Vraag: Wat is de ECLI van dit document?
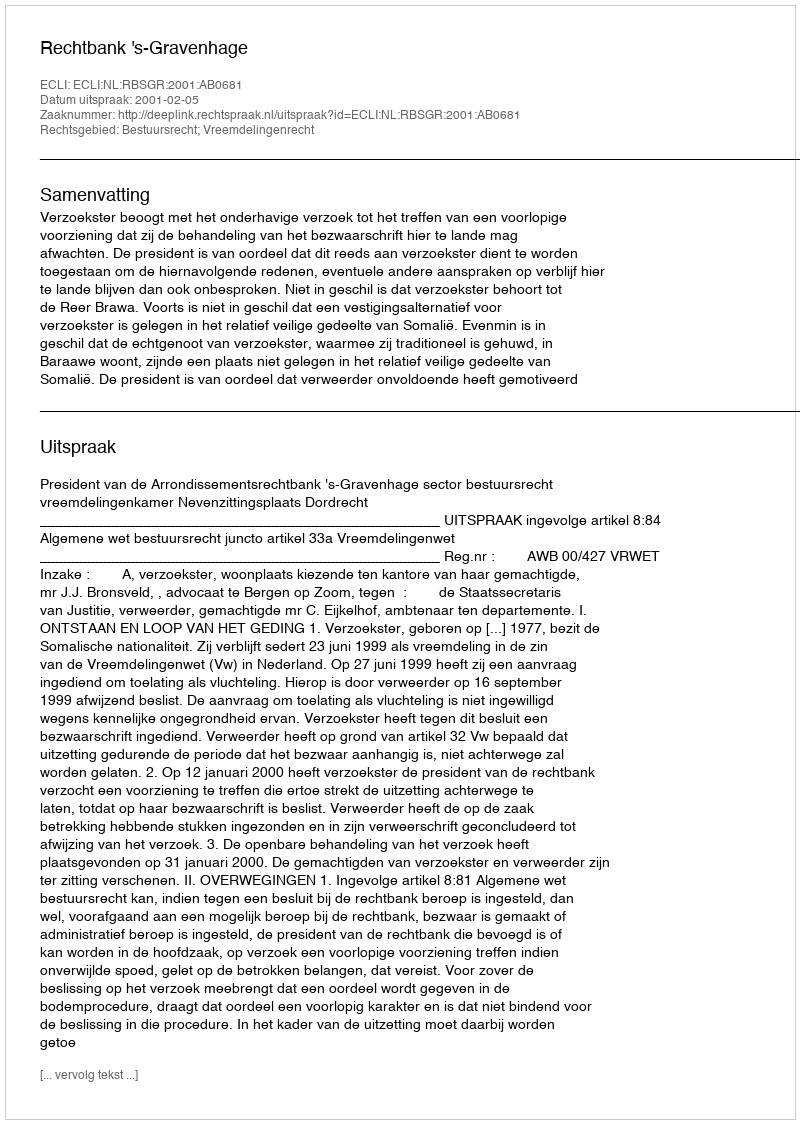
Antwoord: ECLI:NL:RBSGR:2001:AB0681